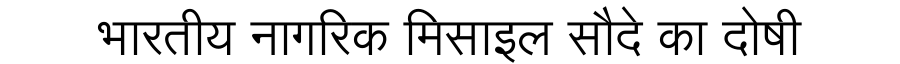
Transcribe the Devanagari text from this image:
भारतीय नागरिक मिसाइल सौदे का दोषी